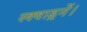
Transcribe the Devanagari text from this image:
स्क्वाड्रनें।